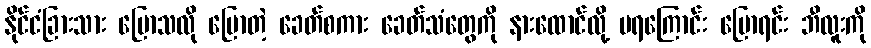
နိုင်ငံခြားသား ပြောသလို ပြောတဲ့ ခေတ်စကား ခေတ်သံတွေကို နားထောင်လို့ မရကြောင်း ပြောရင်း ဘီလူးကို